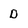
Character: D